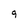
Character: 9